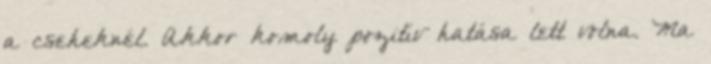
a cseheknél. Akkor komoly pozitív hatása lett volna. Ma